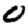
Digit: 0